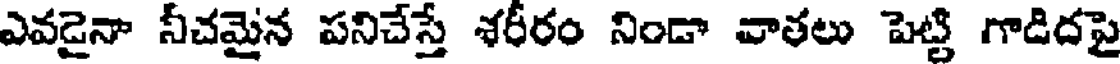
ఎవడైనా నీచమైన పనిచేస్తే శరీరం నిండా వాతలు పెట్టి గాడిదపై